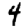
Digit: 4